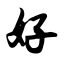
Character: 好